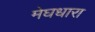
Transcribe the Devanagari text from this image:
मेघधारा